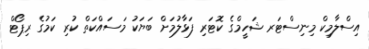
އިސްލާމިކް މިނިސްޓަރ ޝަހީމްގެ ކޮޓަރި ފަޅާލުމަށް ބަޔަކު މަސައްކަތް ކުރި ކަމުގެ ރިޕޯޓް